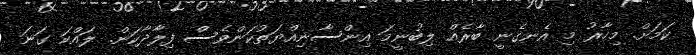
ކަމަށް. މިހާރު މި އެނގެނީ ބާރެއް ލިބުނީމަ އިންސާނިއްޔަތުކަންވެސް ފިލާދާކަން. ލައްކަ ގަނަ